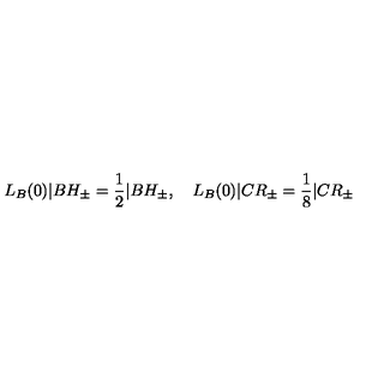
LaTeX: L _ { B } ( 0 ) | B H _ { \pm } = \frac { 1 } { 2 } | B H _ { \pm } , \quad L _ { B } ( 0 ) | C R _ { \pm } = \frac { 1 } { 8 } | C R _ { \pm }